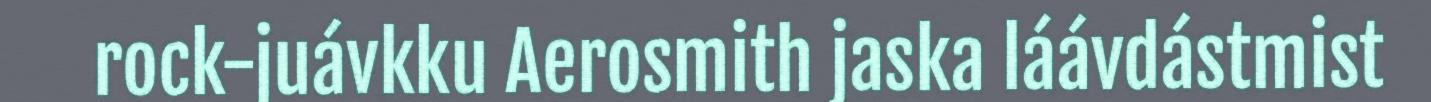
rock-juávkku Aerosmith jaska láávdástmist